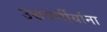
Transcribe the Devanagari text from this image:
उच्चवर्णीयांना